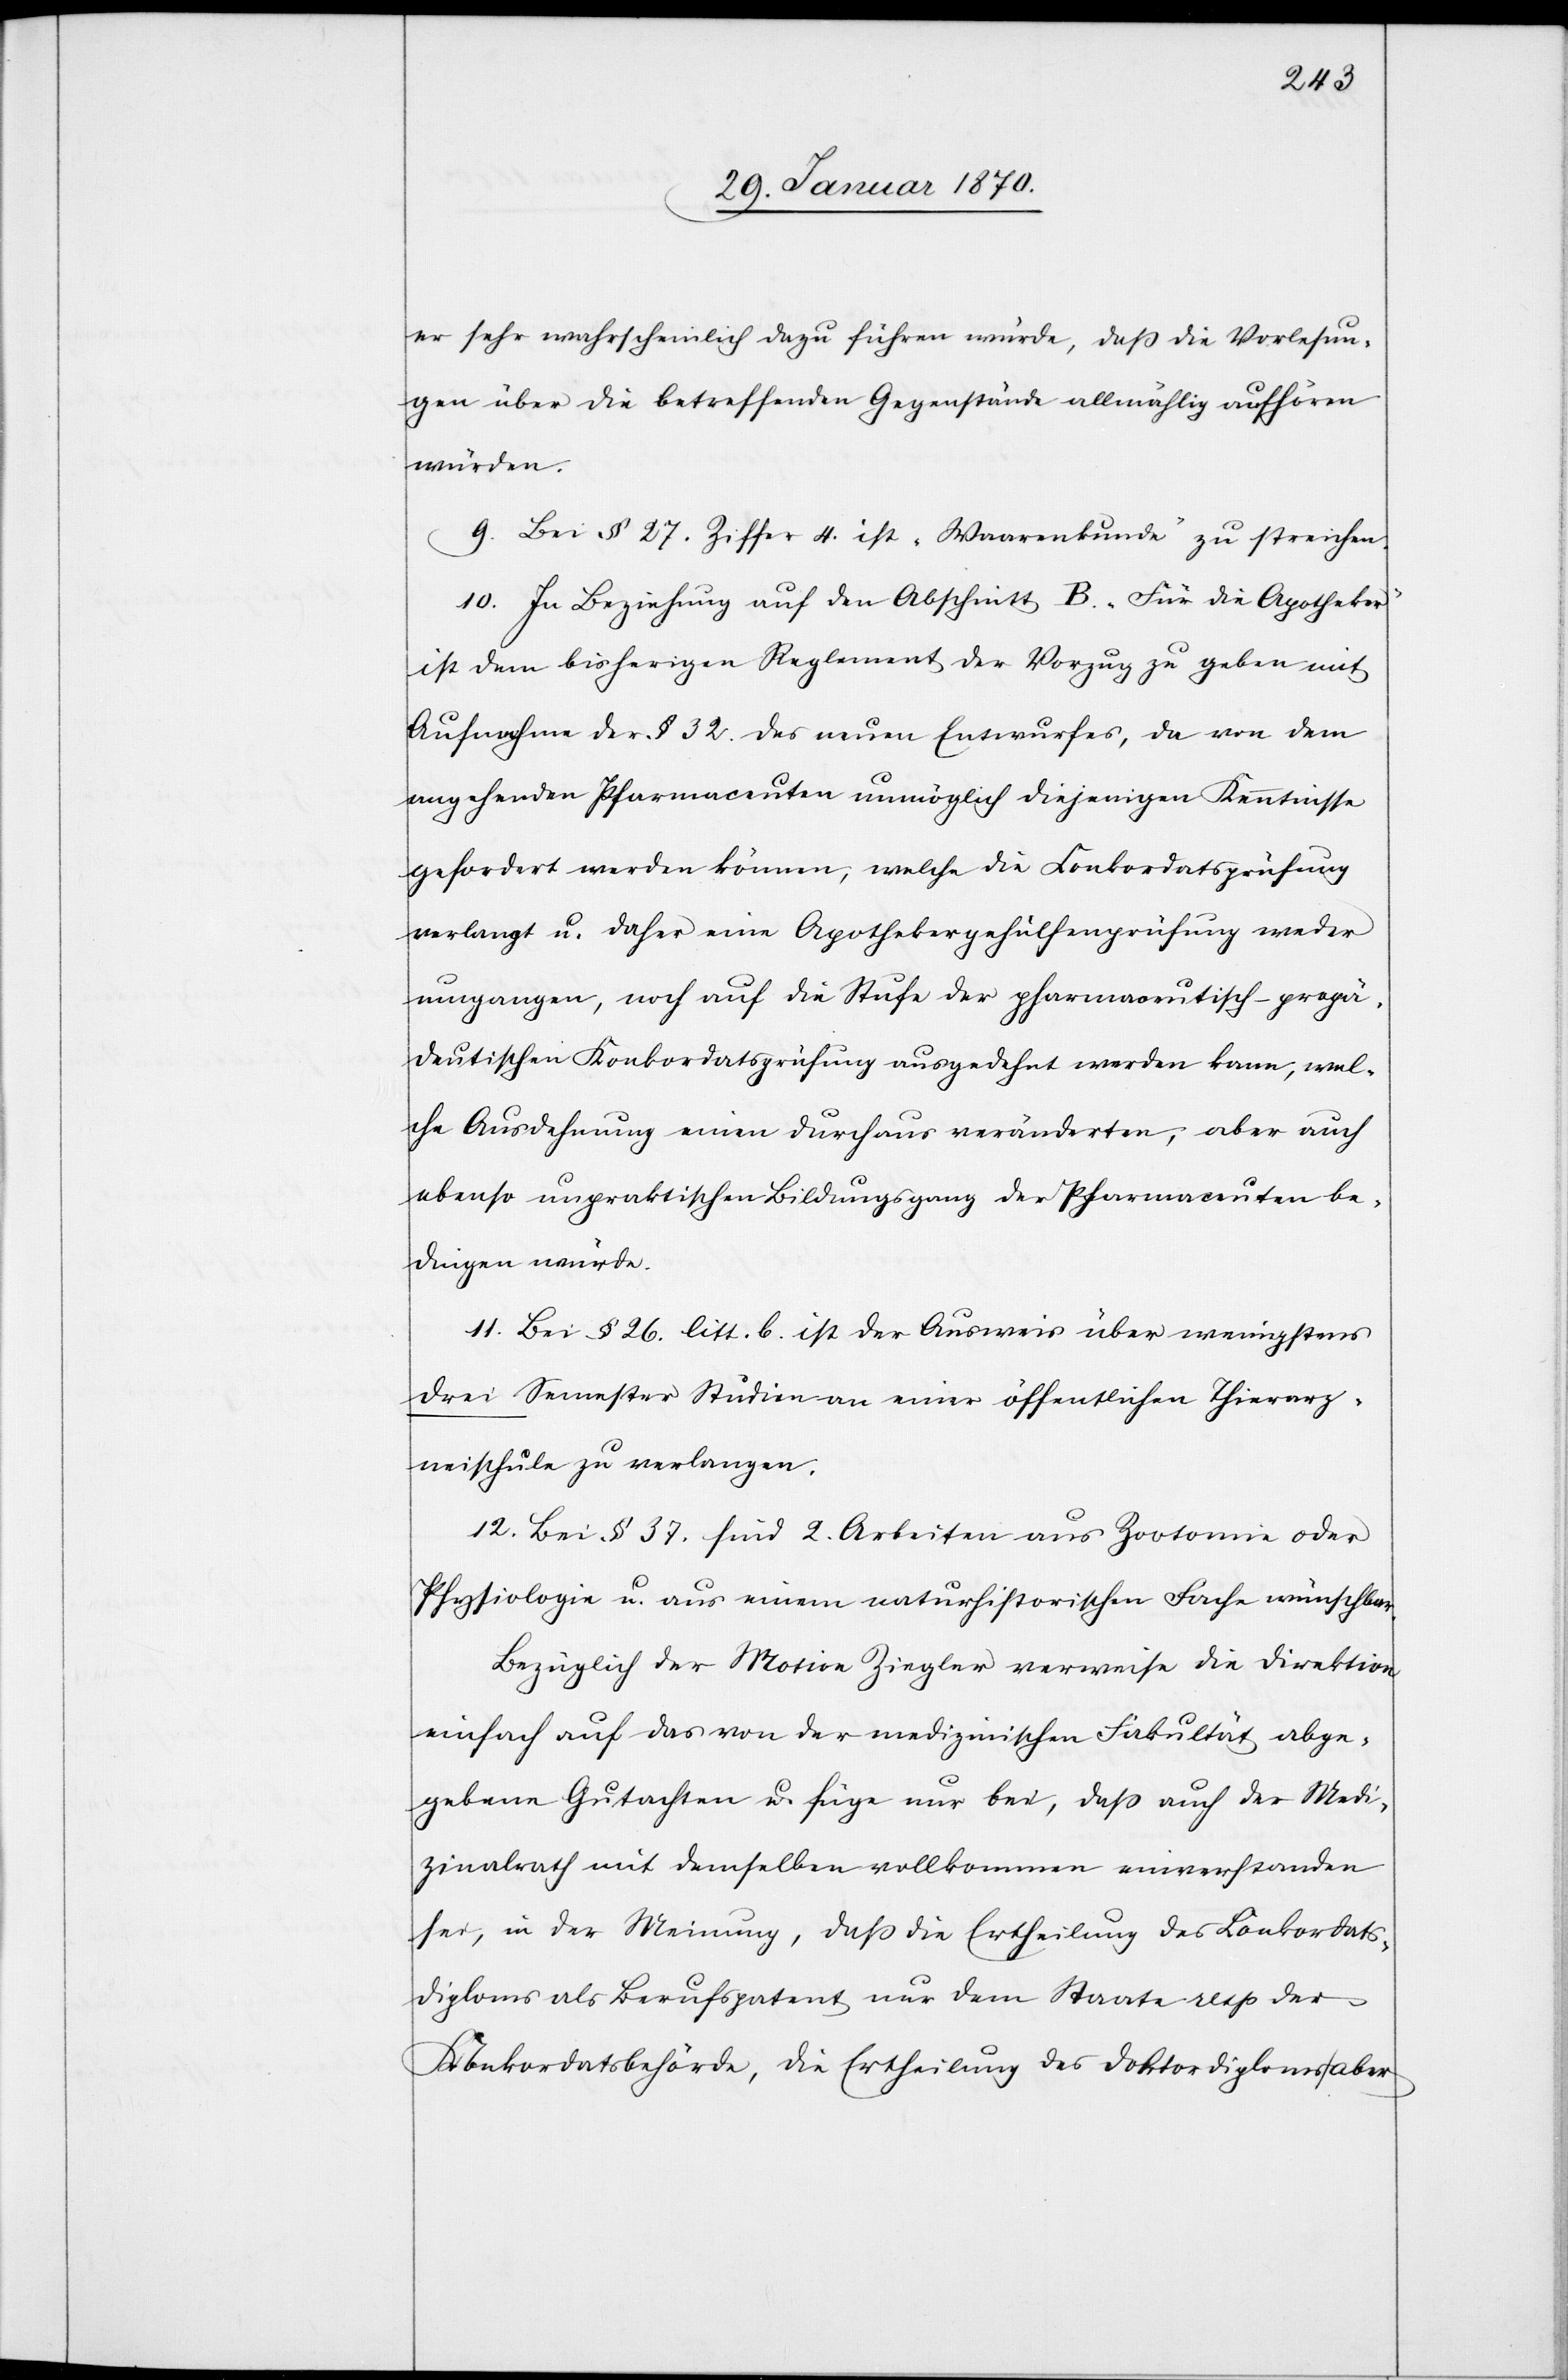
er sehr wahrscheinlich dazu führen würde, daß die Vorlesun¬
gen über die betreffenden Gegenstände allmählig aufhören
würden.
9. Bei § 27. Ziffer 4 ist „Waarenkunde“ zu streichen.
10. In Beziehung auf den Abschnitt B. „Für die Apotheker“
ist dem bisherigen Reglement der Vorzug zu geben mit
Aufnahme der § 32. des neuen Entwurfes, da von dem
angehenden Pfarmaceuten [sic!] unmöglich diejenigen Kenntnisse
gefordert werden können, welche die Konkordatsprüfung
verlangt u. daher eine Apothekergehülfenprüfung weder
umgangen, noch auf die Stufe der pharmaceutisch-prepä¬
deutischen Konkordatsprüfung ausgedehnt werden kann, wel¬
che Ausdehnung einen durchaus veränderten, aber auch
ebenso unpraktischen Bildungsgang der Pharmaceuten be¬
dingen würde.
11. Bei § 26. litt. B. ist der Ausweis über wenigstens
drei Semester Studien einer öffentlichen Thierarz¬
neischule zu verlangen.
12. Bei § 37 sind 2. Arbeiten aus Zootomie oder
Physiologie u. aus einem naturhistorischen Fache wünschbar.
Bezüglich der Motion Ziegler verweise die Direktion
einfach auf das von der medizinischen Fakultät abge¬
gebene Gutachten u. füge nur bei, daß auch der Medi¬
zinalrath mit demselben vollkommen einverstanden
sei, in der Meinung, daß die Ertheilung des Konkordats¬
diploms als Berufspatent nur dem Staate resp der
Konkordatsbehörde, die Ertheilung des Doktordiploms aber